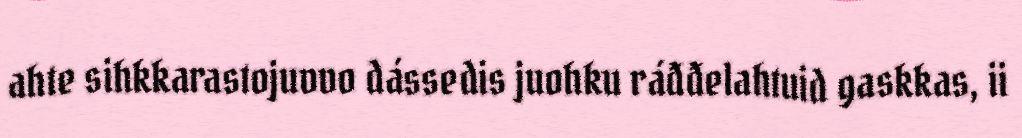
ahte sihkkarastojuvvo dássedis juohku ráđđelahtuid gaskkas, ii